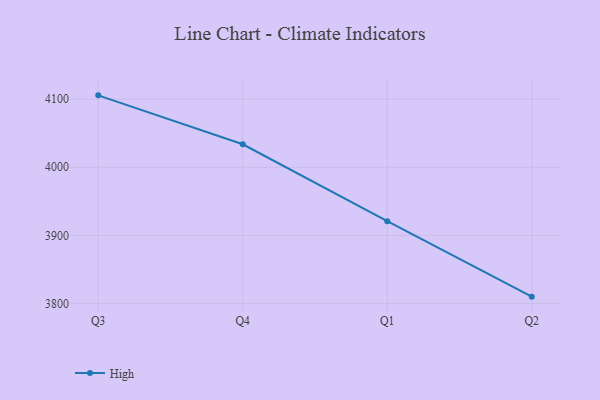
{"axis": {"x": "Quarter", "y": "Latency (ms)"}, "legend": ["High"], "data": [{"x": "Q3", "y": 4105.7, "type": "High"}, {"x": "Q4", "y": 4033.8, "type": "High"}, {"x": "Q1", "y": 3920.8, "type": "High"}, {"x": "Q2", "y": 3809.9, "type": "High"}]}